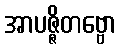
အာပဇ္ဇိတဗ္ဗော